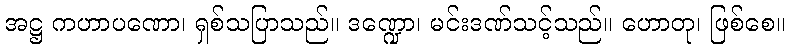
အဋ္ဌ ကဟာပဏော၊ ရှစ်သပြာသည်။ ဒဏ္ဍော၊ မင်းဒဏ်သင့်သည်။ ဟောတု၊ ဖြစ်စေ။